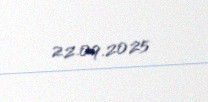
22.09.2025